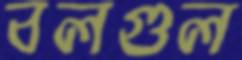
বলগুল